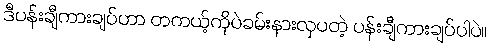
ဒီပန်းချီကားချပ်ဟာ တကယ့်ကိုပဲခမ်းနားလှပတဲ့ ပန်းချီကားချပ်ပါပဲ။